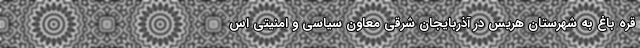
قره باغ به شهرستان هریس در آذربایجان شرقی معاون سیاسی و امنیتی اس